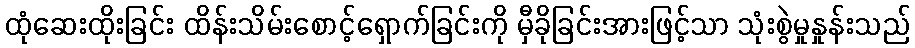
ထုံဆေးထိုးခြင်း ထိန်းသိမ်းစောင့်ရှောက်ခြင်းကို မှီခိုခြင်းအားဖြင့်သာ သုံးစွဲမှုနှုန်းသည်